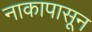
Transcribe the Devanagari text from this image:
नाकापासून